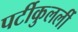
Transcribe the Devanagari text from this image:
पर्टीकुलर्ली